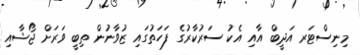
މިނިސްޓަރ އަދީބް އާއި އެކު ސަރުކާރުގެ ފަހަތުގައި ޒުވާނުން ތިބީ ވަރަށް ޖޯޝާއި